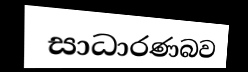
සාධාරණබව